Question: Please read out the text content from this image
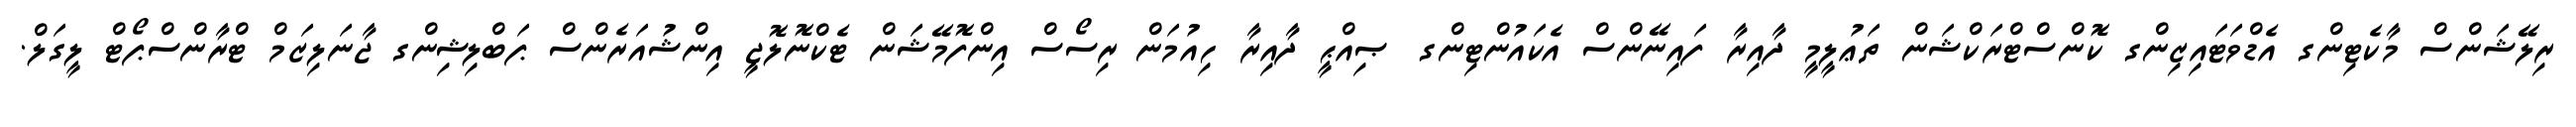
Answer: ރިލޭޝަންސް މާކެޓިންގ އެޑްވަޓައިޒިންގ ކޮންސްޓްރަކްޝަން ތަޢުލީމީ ދާއިރާ ފައިނޭންސް އެކައުންޓިންގ ޞިއްޙީ ދާއިރާ ހިއުމަން ރިސޯސް އިންފޮމޭޝަން ޓެކްނޮލޮޖީ އިންޝުއަރެންސް ޕަބްލިޝިންގ ޖާނަލިޒަމް ޓްރާންސްޕޯޓް ލީގަލް.